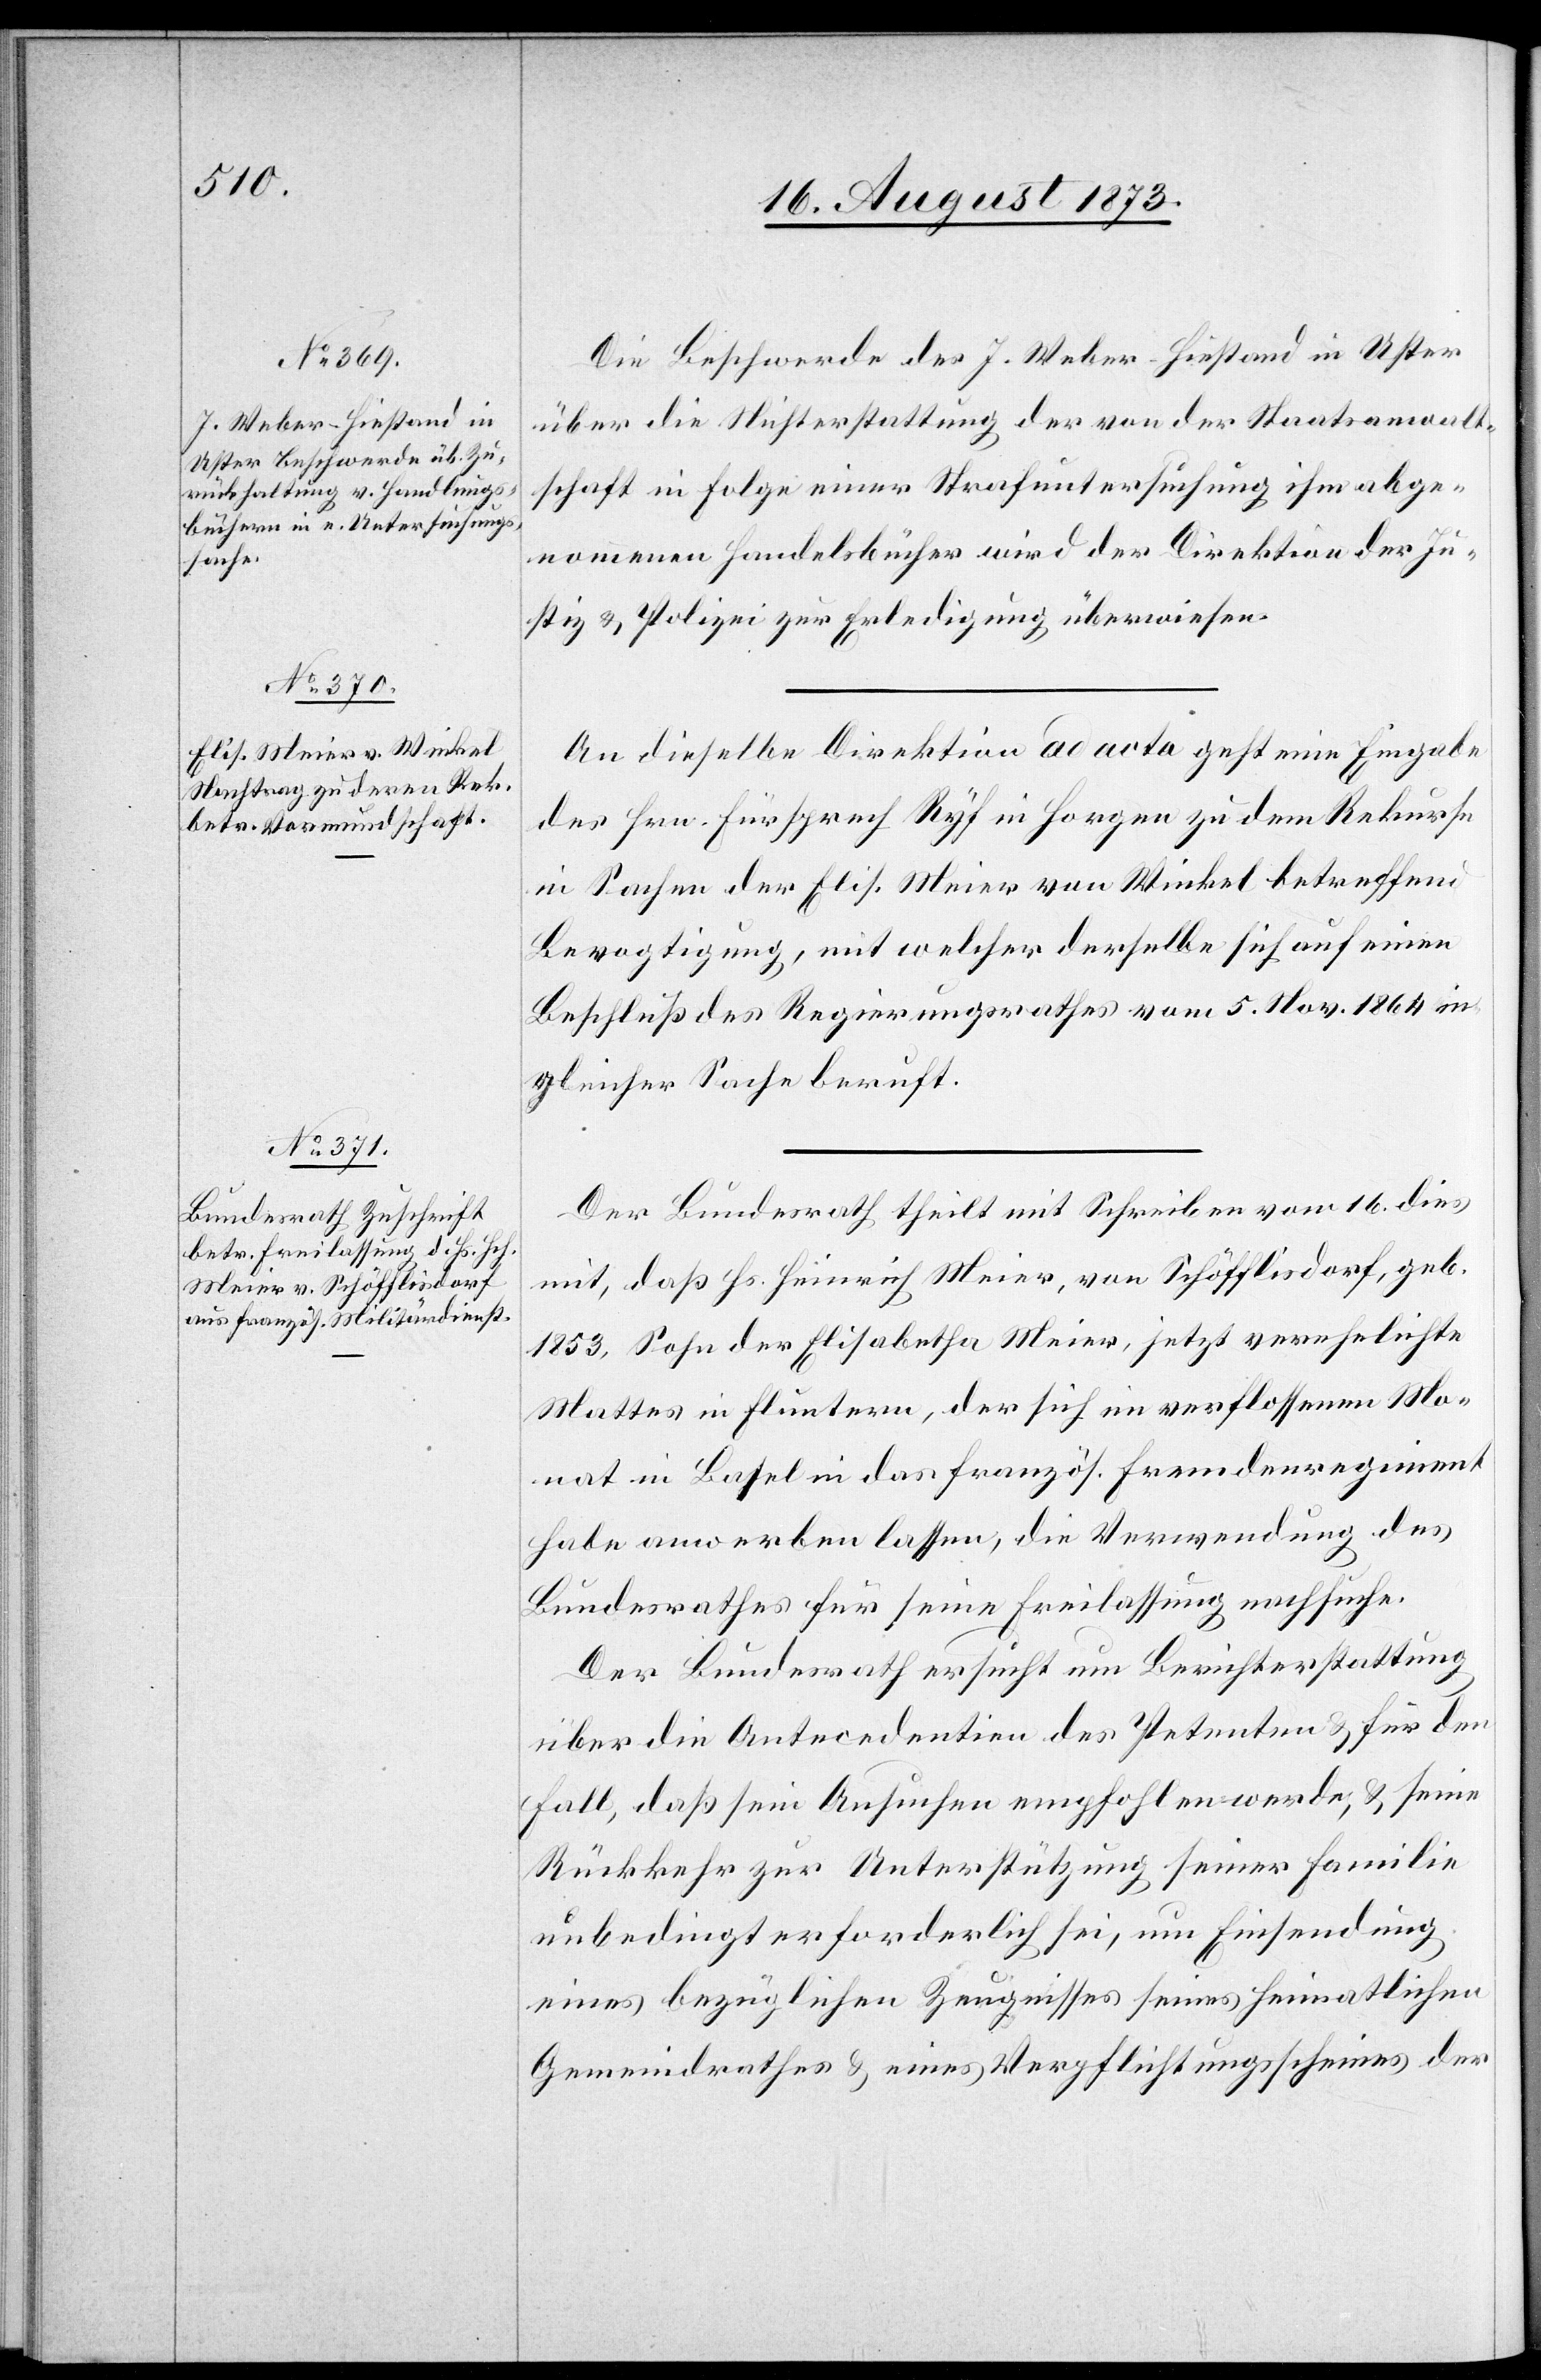
19. August 1873.]
Die Beschwerde des J. Weber-Hiestand in Uster
über die Nichterstattung der von der Staatsanwalt¬
schaft in Folge einer Strafuntersuchung ihm abge¬
nommenen Handelsbücher wird der Direktion der Ju¬
stiz & Polizei zur Erledigung überweisen.
An dieselbe Direktion ad acta geht eine Eingabe
des Hrn. Fürsprech Ryf in Horgen zu dem Rekurse
in Sachen der Elis. Meier von Winkel betreffend
Bevogtigung, mit welcher derselbe sich auf einen
Beschluß des Regierungsrathes vom 5. Nov. 1864 in
gleicher Sache beruft.
Der Bundesrath theilt mit Schreiben vom 16. dies
mit, daß Hs. Heinrich Meier, von Schöfflisdorf, geb.
1853, Sohn der Elisabetha Meier, jetzt verehelichte
Mattes in Fluntern, der sich im verflossenen Mo¬
nat in Basel in das französ. Fremdenregiment
habe anwerben lassen, die Verwendung des
Bundesrathes für seine Freilassung nachsuche.
Der Bundesrath ersucht um Berichterstattung
über die Antecedentien des Petenten & für den
Fall, daß sein Ansuchen empfohlen werde, & seine
Rückkehr zur Unterstützung seiner Familie
unbedingt erforderlich sei, um Einsendung
eines bezüglichen Zeugnisses seines heimatlichen
Gemeindrathes & eines Verpflichtungsscheines der